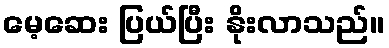
မေ့ဆေး ပြယ်ပြီး နိုးလာသည်။